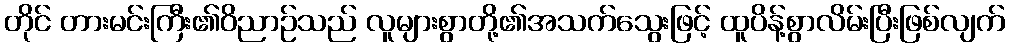
တိုင် တားမင်းကြီး၏ဝိညာဉ်သည် လူများစွာတို့၏အသက်သွေးဖြင့် ထူပိန့်စွာလိမ်းပြီးဖြစ်လျက်